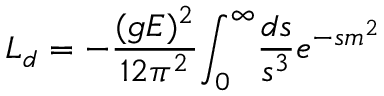
{ \cal L } _ { d } = - { \frac { ( g E ) ^ { 2 } } { 1 2 \pi ^ { 2 } } } { \int _ { 0 } } ^ { \infty } { \frac { d s } { s ^ { 3 } } e ^ { - s m ^ { 2 } } }